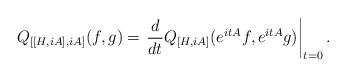
LaTeX: \begin{align*} Q_{[[H,iA],iA]} (f,g) = \left. \frac{d}{dt} Q_{[H,iA]} (e^{itA}f , e^{itA}g) \right|_{t=0} . \end{align*}